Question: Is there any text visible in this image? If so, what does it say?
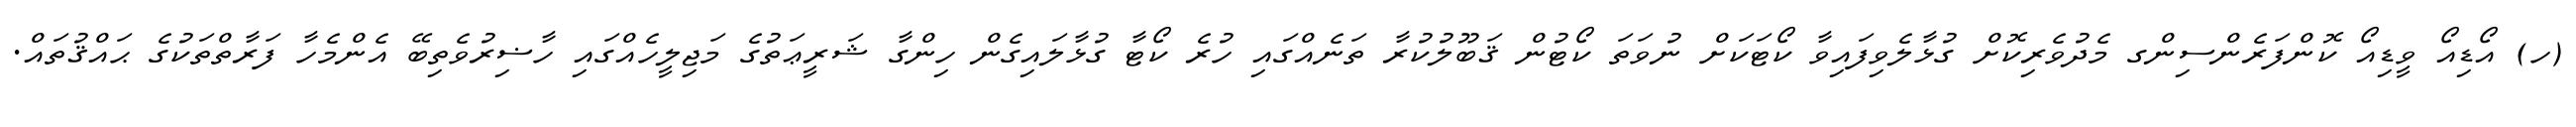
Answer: (ހ) އޯޑިއޯ ވީޑިއޯ ކޮންފަރެންސިންގ މެދުވެރިކޮށް ގުޅާލެވިފައިވާ ކޯޓަކަށް ނުވަތަ ކޯޓުން ޤަބޫލުކުރާ ތަނެއްގައި ހުރެ ކޯޓާ ގުޅާލައިގެން ހިންގާ ޝަރީޢަތުގެ މަޖިލީހެއްގައި ހާޟިރުވެތިބޭ އެންމެހާ ފަރާތްތަކުގެ ޙައްޤުތައް.